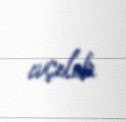
açılıb.